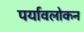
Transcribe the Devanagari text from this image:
पर्यावलोकन